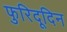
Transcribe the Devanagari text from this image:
फुरिदूदिन